Document type: bank_statement
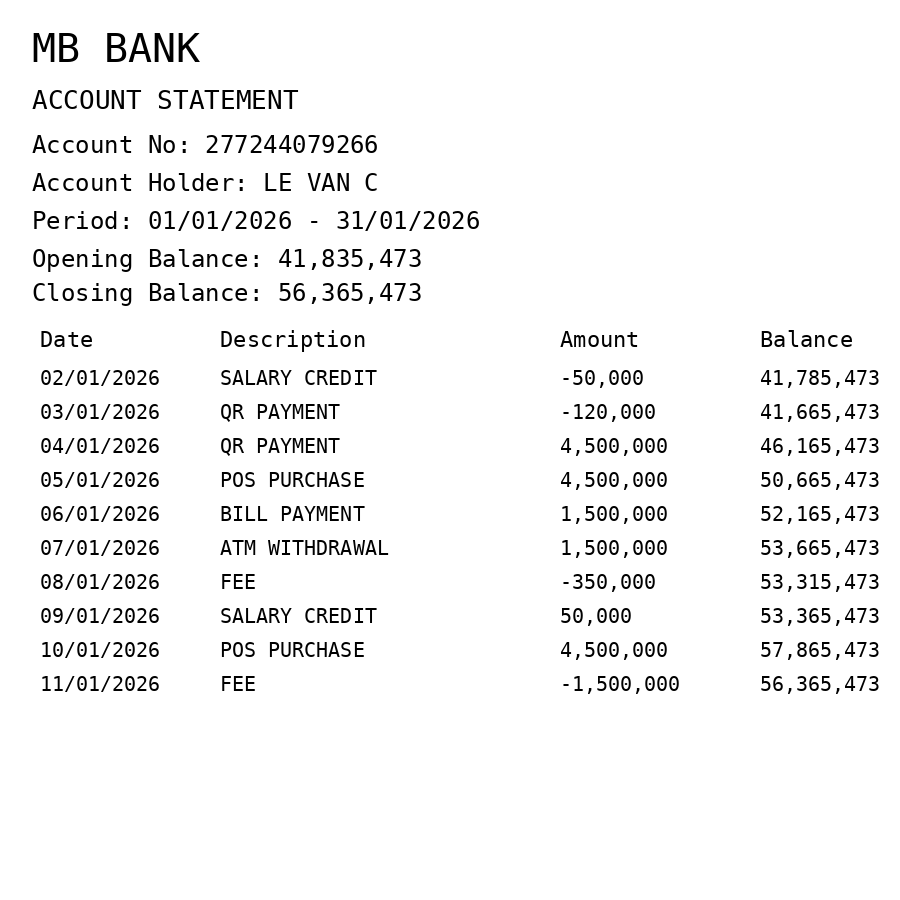
OCR transcript:
MB BANK
ACCOUNT STATEMENT
Account No: 277244079266
Account Holder: LE VAN C
Period: 01/01/2026 - 31/01/2026
Opening Balance: 41,835,473
Closing Balance: 56,365,473
Date
Description
Amount
Balance
02/01/2026
SALARY CREDIT
-50,000
41,785,473
03/01/2026
QR PAYMENT
-120,000
41,665,473
04/01/2026
QR PAYMENT
4,500,000
46,165,473
05/01/2026
POS PURCHASE
4,500,000
50,665,473
06/01/2026
BILL PAYMENT
1,500,000
52,165,473
07/01/2026
ATM WITHDRAWAL
1,500,000
53,665,473
08/01/2026
FEE
-350,000
53,315,473
09/01/2026
SALARY CREDIT
50,000
53,365,473
10/01/2026
POS PURCHASE
4,500,000
57,865,473
11/01/2026
FEE
-1,500,000
56,365,473
Extracted fields:
bank_name: mb bank
account_number: 277244079266
account_holder: le van c
statement_period: 01/01/2026 - 31/01/2026
opening_balance: 41835473
closing_balance: 56365473
transactions: date: 2026-01-02
description: salary credit
amount: -50000
balance: 41785473
date: 2026-01-03
description: qr payment
amount: -120000
balance: 41665473
date: 2026-01-04
description: qr payment
amount: 4500000
balance: 46165473
date: 2026-01-05
description: pos purchase
amount: 4500000
balance: 50665473
date: 2026-01-06
description: bill payment
amount: 1500000
balance: 52165473
date: 2026-01-07
description: atm withdrawal
amount: 1500000
balance: 53665473
date: 2026-01-08
description: fee
amount: -350000
balance: 53315473
date: 2026-01-09
description: salary credit
amount: 50000
balance: 53365473
date: 2026-01-10
description: pos purchase
amount: 4500000
balance: 57865473
date: 2026-01-11
description: fee
amount: -1500000
balance: 56365473